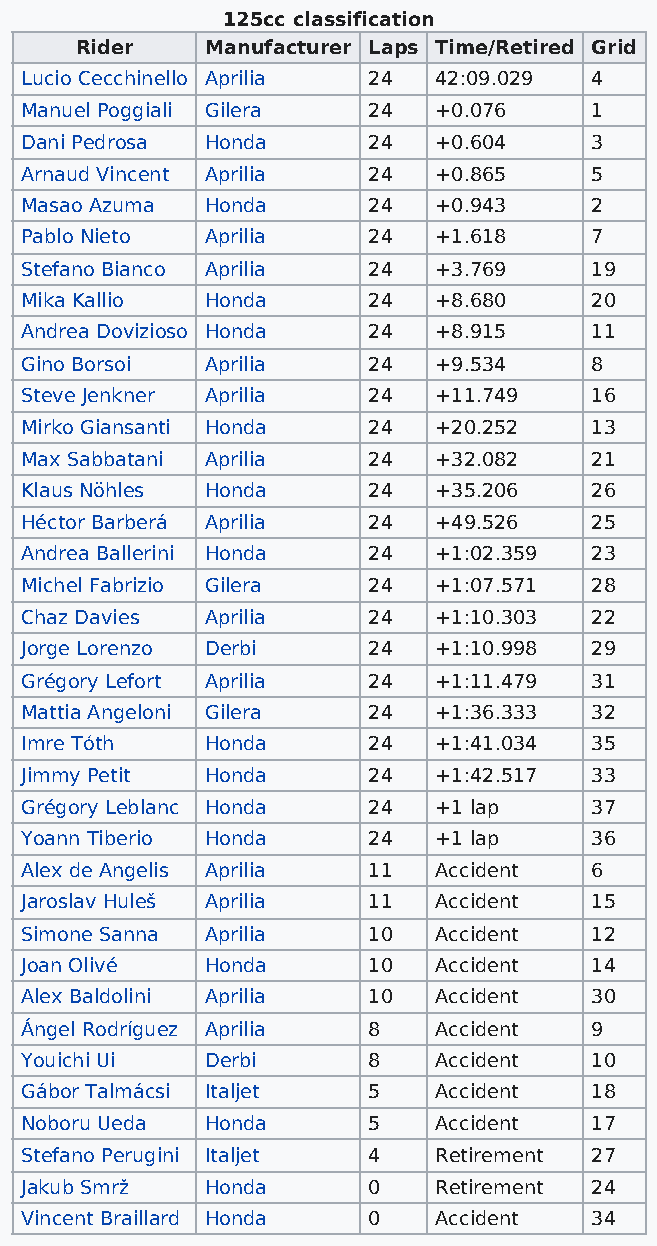
125cc classification
 Rider    Manufacturer Laps Time/Retired Grid
 Lucio Cecchinello Aprilia 24 42:09.029 4
 Manuel Poggiali Gilera 24   +0.076    1
 Dani Pedrosa Honda     24   +0.604    3
 Arnaud Vincent Aprilia 24   +0.865    5
 Masao Azuma  Honda     24   +0.943    2
 Pablo Nieto  Aprilia   24   +1.618    7
 Stefano Bianco Aprilia 24   +3.769    19
 Mika Kallio  Honda     24   +8.680    20
 Andrea Dovizioso Honda 24   +8.915    11
 Gino Borsoi  Aprilia   24   +9.534    8
 Steve Jenkner Aprilia  24   +11.749   16
 Mirko Giansanti Honda  24   +20.252   13
 Max Sabbatani Aprilia  24   +32.082   21
 Klaus Nöhles Honda     24   +35.206   26
 Héctor Barberá Aprilia 24   +49.526   25
 Andrea Ballerini Honda 24   +1:02.359 23
 Michel Fabrizio Gilera 24   +1:07.571 28
 Chaz Davies  Aprilia   24   +1:10.303 22
 Jorge Lorenzo Derbi    24   +1:10.998 29
 Grégory Lefort Aprilia 24   +1:11.479 31
 Mattia Angeloni Gilera 24   +1:36.333 32
 Imre Tóth    Honda     24   +1:41.034 35
 Jimmy Petit  Honda     24   +1:42.517 33
 Grégory Leblanc Honda  24   +1 lap    37
 Yoann Tiberio Honda    24   +1 lap    36
 Alex de Angelis Aprilia 11  Accident  6
 Jaroslav Huleš Aprilia 11   Accident  15
 Simone Sanna Aprilia   10   Accident  12
 Joan Olivé   Honda     10   Accident  14
 Alex Baldolini Aprilia 10   Accident  30
 Ángel Rodríguez Aprilia 8   Accident  9
 Youichi Ui   Derbi     8    Accident  10
 Gábor Talmácsi Italjet 5    Accident  18
 Noboru Ueda  Honda     5    Accident  17
 Stefano Perugini Italjet 4  Retirement 27
 Jakub Smrž   Honda     0    Retirement 24
 Vincent Braillard Honda 0   Accident  34